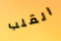
القلب